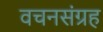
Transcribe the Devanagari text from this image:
वचनसंग्रह